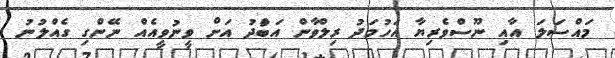
މައްސަލަ އާއި ނޫސްވެރިޔާ އަހުމަދު ރިލްވާން އަބްުދު އަށް ވީނުވީއެއް ނޭންގި ގެއްލުނު